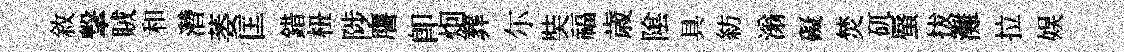
敘撃賊和濳萎匡錯杻陟譍卽𤇆葬尓奘福歳隂具紡滃礙焚矹蜃拔灘拉娱